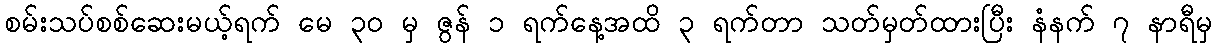
စမ်းသပ်စစ်ဆေးမယ့်ရက် မေ ၃၀ မှ ဇွန် ၁ ရက်နေ့အထိ ၃ ရက်တာ သတ်မှတ်ထားပြီး နံနက် ၇ နာရီမှ